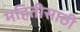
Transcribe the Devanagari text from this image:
महितीसाठी